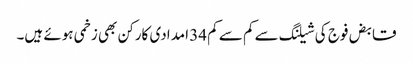
قابض فوج کی شیلنگ سے کم سے کم 34 امدادی کارکن بھی زخمی ہوئے ہیں۔